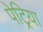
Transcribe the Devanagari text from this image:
पेट्रिया